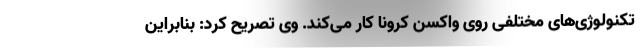
تکنولوژی‌های مختلفی روی واکسن کرونا کار می‌کند. وی تصریح کرد: بنابراین